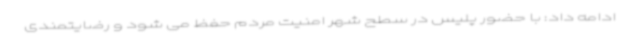
ادامه داد: با حضور پلیس در سطح شهر امنیت مردم حفظ می شود و رضایتمندی